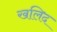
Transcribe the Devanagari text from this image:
खलिद